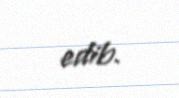
edib.